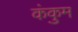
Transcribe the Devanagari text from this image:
कंकुम